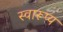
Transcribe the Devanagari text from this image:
स्वारूप्य